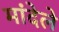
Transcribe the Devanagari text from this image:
मांदेले